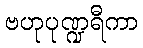
ဗဟုပုဏ္ဍရီကာ